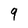
Character: 9